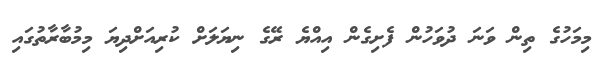
މިމަހުގެ ތިން ވަނަ ދުވަހުން ފެށިގެން އިއްޔެ ރޭގެ ނިޔަލަށް ކުރިއަށްދިޔަ މިމުބާރާތުގައި